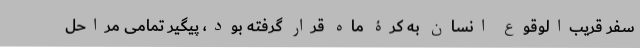
سفر قریب‌الوقوع انسان به کرۀ ماه قرار گرفته بود، پیگیر تمامی مراحل